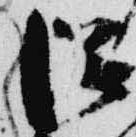
滋